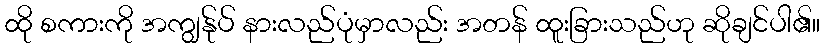
ထို စကားကို အကျွန်ုပ် နားလည်ပုံမှာလည်း အတန် ထူးခြားသည်ဟု ဆိုချင်ပါ၏။